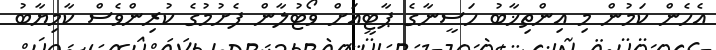
އެހެން ކަމުން މި އިންތިޚާބު ހަސީނާގެ ޕާޓީއަށް ވޯޓުލާން ފެށުމުގެ ކުރިންވެސް ކާމިޔާބު